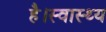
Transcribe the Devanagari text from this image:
है।स्वास्थ्य